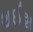
થઈશ